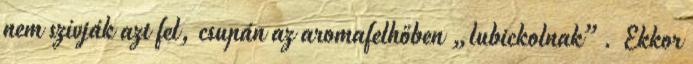
nem szívják azt fel, csupán az aromafelhőben „lubickolnak”. Ekkor